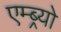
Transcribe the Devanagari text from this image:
एम्ब्र्यो